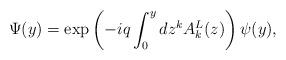
LaTeX: \begin{align*}\Psi (y) = \exp \left( { - iq\int_0^y {dz^k A_k^L (z)} }\right)\psi (y) , \end{align*}